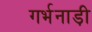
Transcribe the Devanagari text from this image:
गर्भनाड़ी